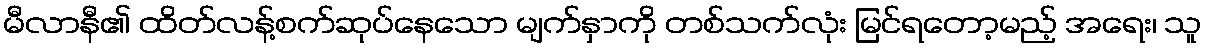
မီလာနီ၏ ထိတ်လန့်စက်ဆုပ်နေသော မျက်နှာကို တစ်သက်လုံး မြင်ရတော့မည့် အရေး၊ သူ